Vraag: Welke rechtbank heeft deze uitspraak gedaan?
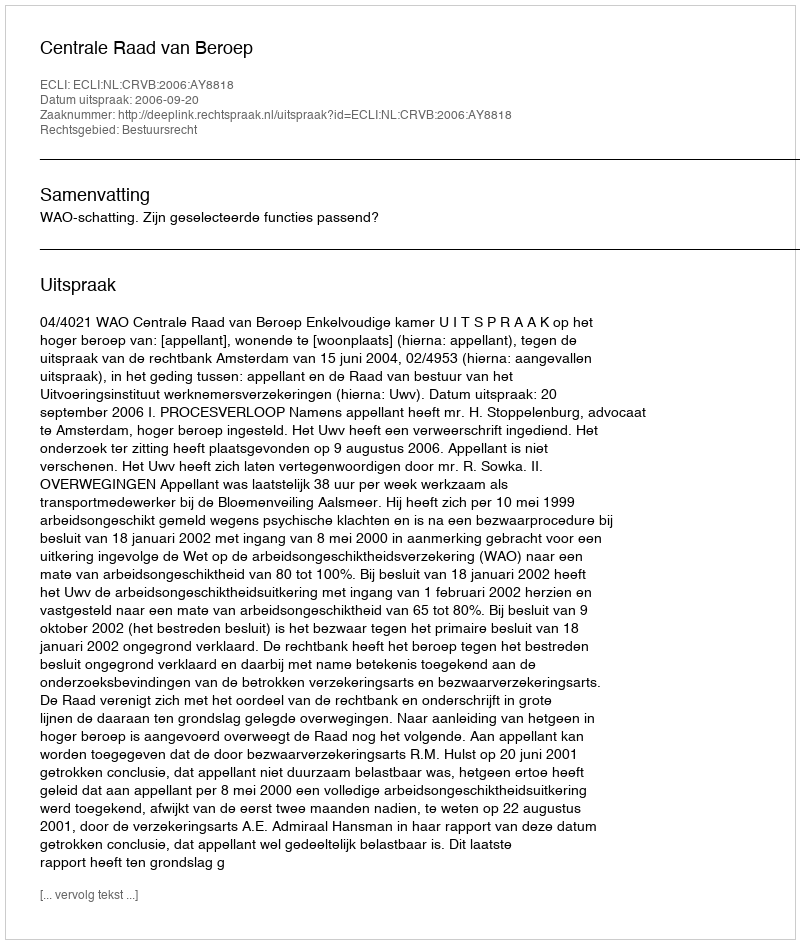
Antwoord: Centrale Raad van Beroep